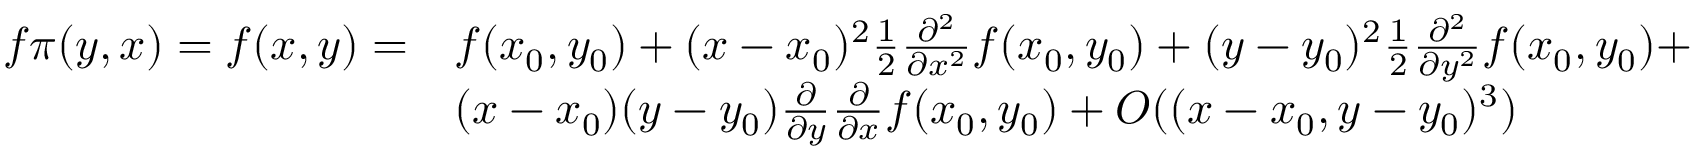
\begin{array} { r l } { f \pi ( y , x ) = f ( x , y ) = } & { f ( x _ { 0 } , y _ { 0 } ) + ( x - x _ { 0 } ) ^ { 2 } \frac { 1 } { 2 } \frac { \partial ^ { 2 } } { \partial x ^ { 2 } } f ( x _ { 0 } , y _ { 0 } ) + ( y - y _ { 0 } ) ^ { 2 } \frac { 1 } { 2 } \frac { \partial ^ { 2 } } { \partial y ^ { 2 } } f ( x _ { 0 } , y _ { 0 } ) + } \\ & { ( x - x _ { 0 } ) ( y - y _ { 0 } ) \frac { \partial } { \partial y } \frac { \partial } { \partial x } f ( x _ { 0 } , y _ { 0 } ) + O ( ( x - x _ { 0 } , y - y _ { 0 } ) ^ { 3 } ) } \end{array}